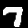
Label: 7